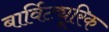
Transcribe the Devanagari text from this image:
बार्विट्यूरिक